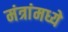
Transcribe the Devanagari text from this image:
मंत्रांमध्ये